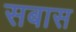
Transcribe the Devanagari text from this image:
सबास